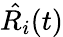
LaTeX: {\hat{R_{i}}}(t)